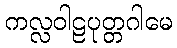
ကလ္လဝါဠပုတ္တဂါမေ